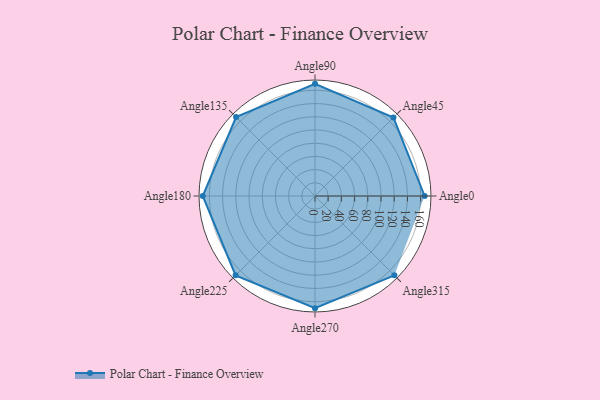
{"axis": {"x": "Angle", "y": "Radius"}, "legend": [""], "data": [{"x": "Angle0", "y": 166.0, "type": ""}, {"x": "Angle45", "y": 168.0, "type": ""}, {"x": "Angle90", "y": 170, "type": ""}, {"x": "Angle135", "y": 169.0, "type": ""}, {"x": "Angle180", "y": 170, "type": ""}, {"x": "Angle225", "y": 170, "type": ""}, {"x": "Angle270", "y": 170, "type": ""}, {"x": "Angle315", "y": 170, "type": ""}]}